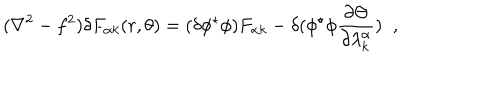
LaTeX: ( \nabla ^ { 2 } - f ^ { 2 } ) \delta F _ { \alpha k } ( r , \theta ) = ( \delta \phi ^ { \star } \phi ) F _ { \alpha k } - \delta ( \phi ^ { \star } \phi \frac { \partial \Theta } { \partial \lambda _ { k } ^ { \alpha } } ) \; \; ,